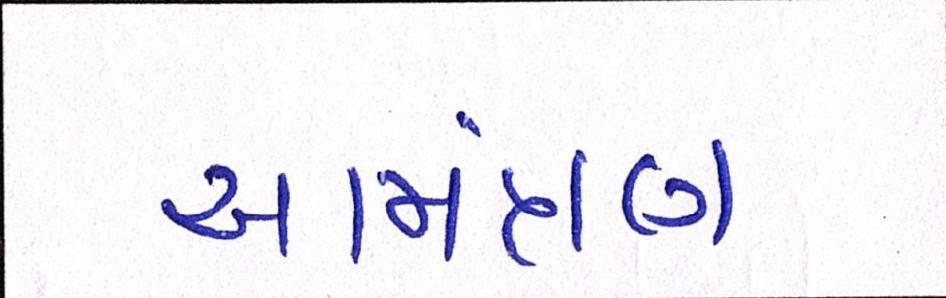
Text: આમંત્રણ